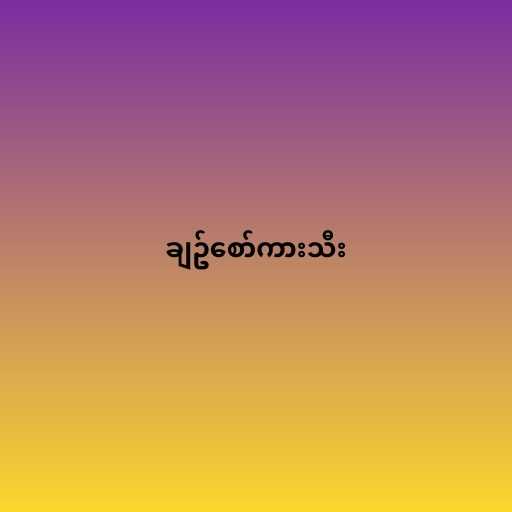
ချဥ်စော်ကားသီး